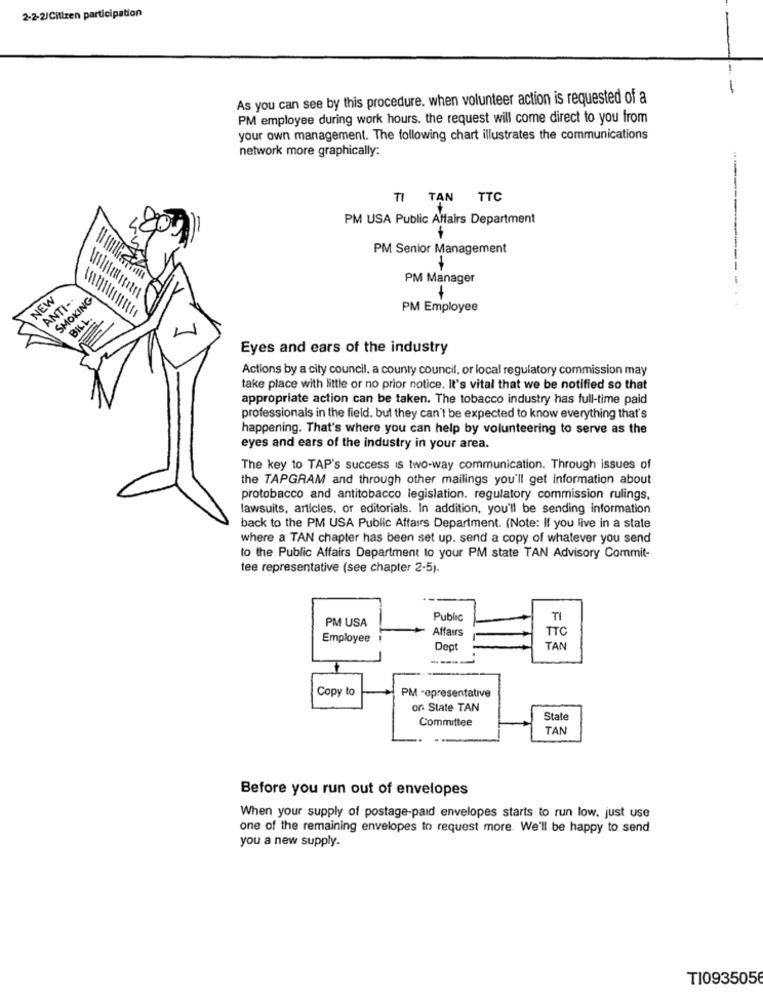
2-2-2/Citizen participation
As you can see by this procedure. when volunteer action is requested of a
PM employee during work hours. the request will come direct to you from
your own management. The following chart illustrates the communications
network more graphically:
1 TAN TTC
PM USA Public Affairs Department
PM Senior Management
PM Manager
NEW
ANTI-
SMOKING
PM Employee
BILL.
1
Eyes and ears of the industry
Actions by a city council, a county council, or local regulatory commission may
take place with little or no prior notice. It's vital that we be notified so that
appropriate action can be taken. The tobacco industry has full-time paid
professionals in the field. but they can't be expected to know everything that's
happening. That's where you can help by volunteering to serve as the
eyes and ears of the industry in your area.
The key to TAP's success is two-way communication. Through issues of
the TAPGRAM and through other mailings you'll get information about
protobacco and antitobacco legislation. regulatory commission rulings,
lawsuits, articles, or editorials. In addition, you'll be sending information
back to the PM USA Public Affairs Department. (Note: If you live in a state
where a TAN chapter has been set up. send a copy of whatever you send
to the Public Affairs Department to your PM state TAN Advisory Commit-
tee representative (see chapter 2-5).
PM USA
Public
TI
Affairs
Employee
TTC
Dept
TAN
----
Copy to
PM -epresentative
or State TAN
Committee
Stat
TAN
Before you run out of envelopes
When your supply of postage-paid envelopes starts to run low. just use
one of the remaining envelopes to request more. We'll be happy to send
you a new supply.
T10935056